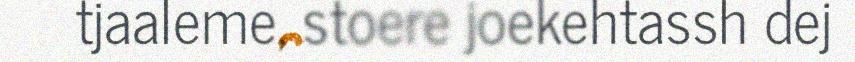
tjaaleme, stoere joekehtassh dej